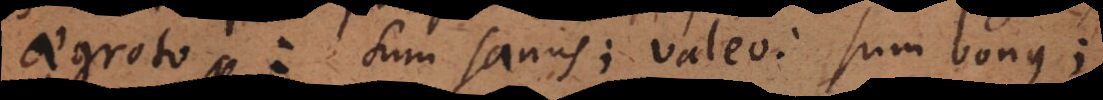
aegroto: sum sanus; valeo: sum bonus;